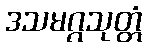
ဒသမဂ္ဂသုတ္တံ